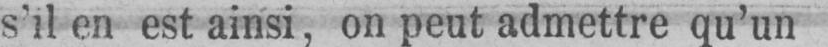
s’il en est ainsi, on peut admettre qu’un